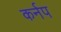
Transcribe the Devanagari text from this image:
कर्नप